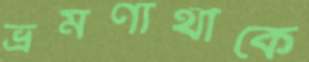
ভ্রমণার্থীকে